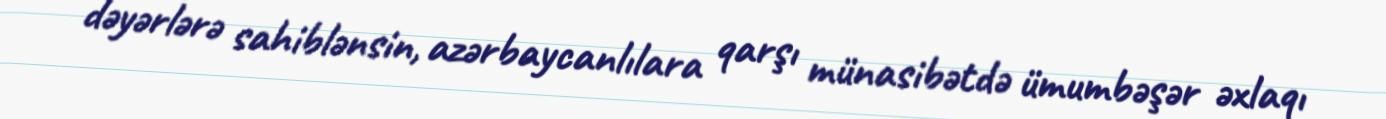
dəyərlərə sahiblənsin, azərbaycanlılara qarşı münasibətdə ümumbəşər əxlaqı